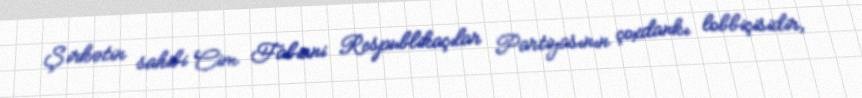
Şirkətin sahibi Cim Fabiani Respublikaçılar Partiyasının çoxdankı lobbiçisidir,